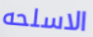
الاسلحه